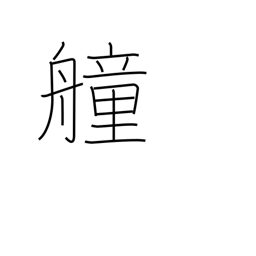
Meaning: fighting ship